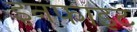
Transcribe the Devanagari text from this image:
इनफाइट